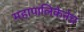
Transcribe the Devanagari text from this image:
महापालिकेनेच